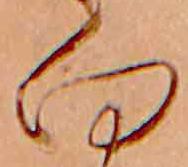
向